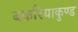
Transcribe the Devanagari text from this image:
बकरियाकुण्ड